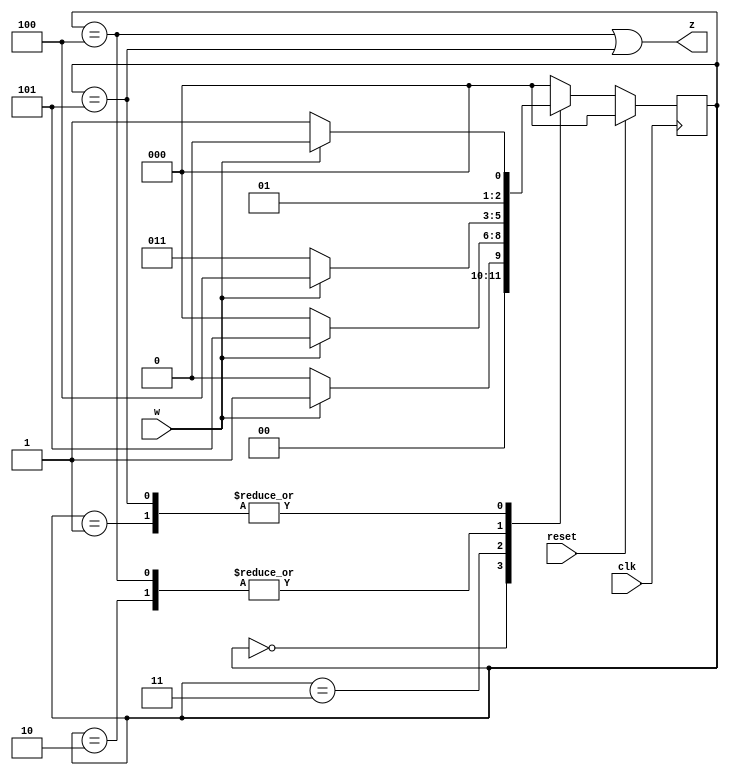
module top_module (
    input clk,
    input reset,     // synchronous reset
    input w,
    output z);

    parameter A = 3'b000, B = 3'b001, C = 3'b010,
         	  D = 3'b011, E = 3'b100, F = 3'b101;
    reg [3:1] state,next_state;

    always @(*) begin
        case(state)
            A: next_state = w ? B : A;
            B: next_state = w ? C : D;
            C: next_state = w ? E : D;
            D: next_state = w ? F : A;
            E: next_state = w ? E : D;
            F: next_state = w ? C : D;
            default: next_state = A;
        endcase
    end

    always @(posedge clk)begin
        if (reset) state <= A;
        else state <= next_state;
    end

    assign z = (state==E | state==F);

endmodule